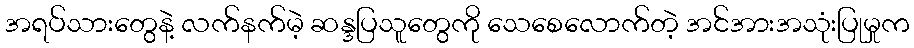
အရပ်သားတွေနဲ့ လက်နက်မဲ့ ဆန္ဒပြသူတွေကို သေစေလောက်တဲ့ အင်အားအသုံးပြုမှုက